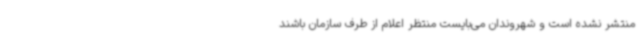
منتشر نشده است و شهروندان می‌بایست منتظر اعلام از طرف سازمان باشند